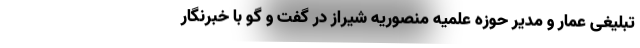
تبلیغی عمار و مدیر حوزه علمیه منصوریه شیراز در گفت و گو با خبرنگار